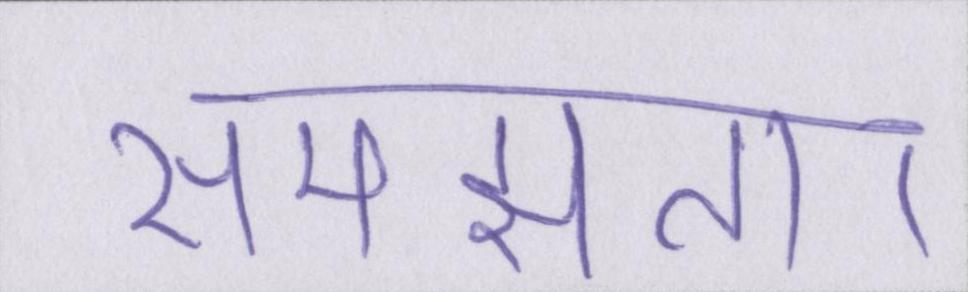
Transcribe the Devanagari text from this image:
समझता।